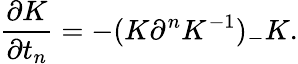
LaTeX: \frac{\partial K}{\partial t_{n}}=-(K\partial^{n}K^{-1})_{-}K.